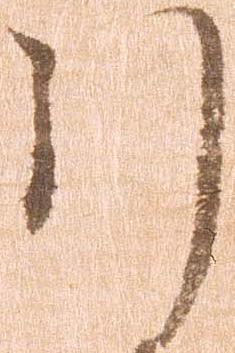
引